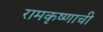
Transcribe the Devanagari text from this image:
रामकृष्णाची